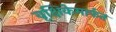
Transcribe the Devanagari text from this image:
वृक्षिकेमार्फत